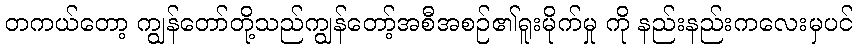
တကယ်တော့ ကျွန်တော်တို့သည်ကျွန်တော့်အစီအစဉ်၏ရူးမိုက်မှု ကို နည်းနည်းကလေးမှပင်